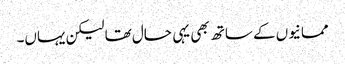
ممانیوں کے ساتھ بھی یہی حال تھا لیکن یہاں۔